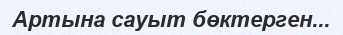
Артына сауыт бөктерген...